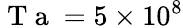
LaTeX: \mathrm{~T~a~}=5\times 10^{8}